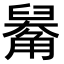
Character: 𧤑